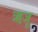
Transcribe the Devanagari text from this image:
ऋजू